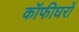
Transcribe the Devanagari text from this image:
कॉफीघरों